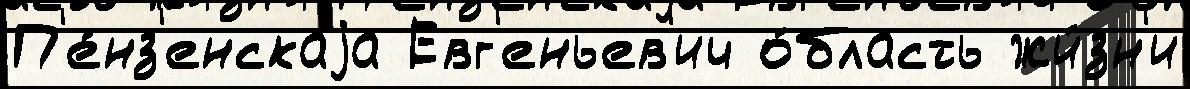
П'е́нз'енскаjа Евг'еньев'ич о́бласть жи́зн'и